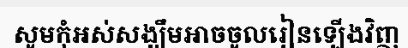
សូមកុំអស់សង្ឃឹមអាចចូលរៀនឡើងវិញ